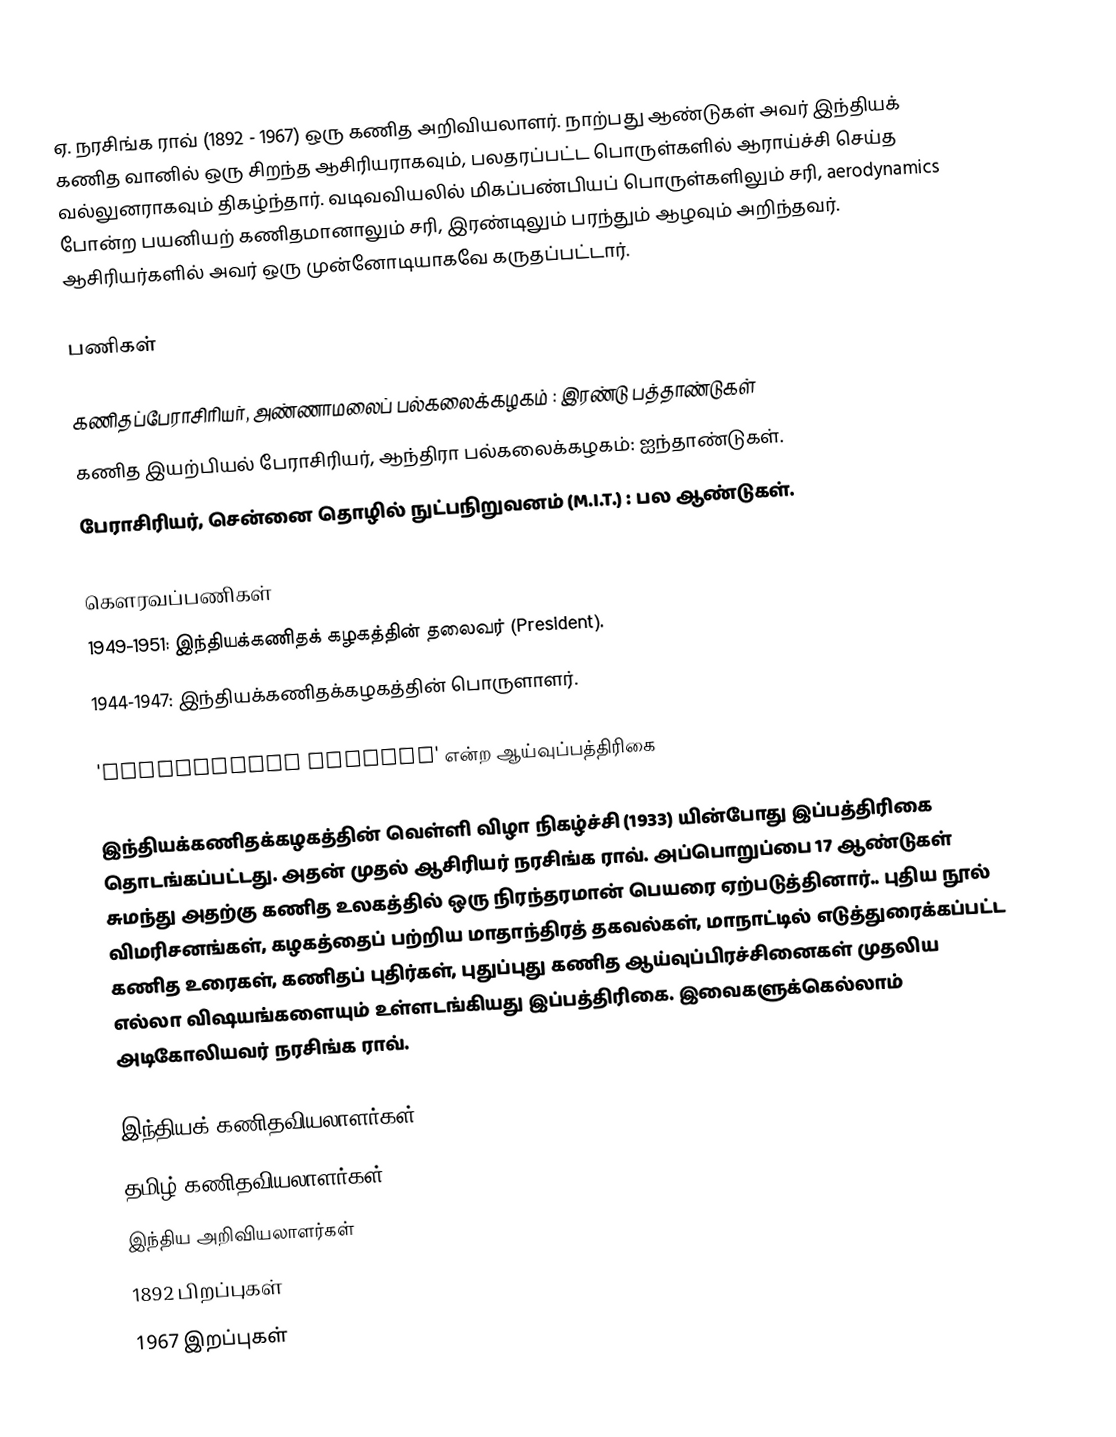
ஏ. நரசிங்க ராவ் (1892 - 1967) ஒரு கணித அறிவியலாளர். நாற்பது ஆண்டுகள் அவர் இந்தியக் கணித வானில் ஒரு சிறந்த ஆசிரியராகவும்,  பலதரப்பட்ட பொருள்களில் ஆராய்ச்சி செய்த வல்லுனராகவும் திகழ்ந்தார். வடிவவியலில் மிகப்பண்பியப் பொருள்களிலும் சரி, aerodynamics போன்ற பயனியற் கணிதமானாலும் சரி, இரண்டிலும் பரந்தும் ஆழவும் அறிந்தவர். ஆசிரியர்களில் அவர் ஒரு முன்னோடியாகவே கருதப்பட்டார்.

பணிகள்

கணிதப்பேராசிரியர், அண்ணாமலைப் பல்கலைக்கழகம் : இரண்டு பத்தாண்டுகள்
கணித இயற்பியல் பேராசிரியர், ஆந்திரா பல்கலைக்கழகம்: ஐந்தாண்டுகள்.
பேராசிரியர், சென்னை தொழில் நுட்பநிறுவனம் (M.I.T.) : பல ஆண்டுகள்.

கௌரவப்பணிகள்
1949-1951: இந்தியக்கணிதக் கழகத்தின் தலைவர் (President).
1944-1947: இந்தியக்கணிதக்கழகத்தின் பொருளாளர்.

'Mathematics Student' என்ற ஆய்வுப்பத்திரிகை

இந்தியக்கணிதக்கழகத்தின் வெள்ளி விழா நிகழ்ச்சி (1933) யின்போது இப்பத்திரிகை தொடங்கப்பட்டது.  அதன் முதல் ஆசிரியர் நரசிங்க ராவ். அப்பொறுப்பை 17 ஆண்டுகள் சுமந்து அதற்கு கணித உலகத்தில் ஒரு நிரந்தரமான் பெயரை ஏற்படுத்தினார்.. புதிய நூல் விமரிசனங்கள், கழகத்தைப் பற்றிய மாதாந்திரத் தகவல்கள், மாநாட்டில் எடுத்துரைக்கப்பட்ட கணித உரைகள், கணிதப் புதிர்கள், புதுப்புது கணித ஆய்வுப்பிரச்சினைகள் முதலிய எல்லா விஷயங்களையும் உள்ளடங்கியது இப்பத்திரிகை. இவைகளுக்கெல்லாம் அடிகோலியவர் நரசிங்க ராவ்.

இந்தியக் கணிதவியலாளர்கள்
தமிழ் கணிதவியலாளர்கள்
இந்திய அறிவியலாளர்கள்
1892 பிறப்புகள்
1967 இறப்புகள்